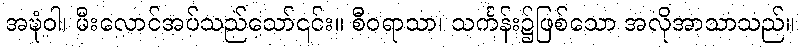
အဍ္ဎံဝါ၊ မီးလောင်အပ်သည်သော်၎င်း။ စီဝရာသာ၊ သင်္ကန်း၌ဖြစ်သော အလိုအာသာသည်။